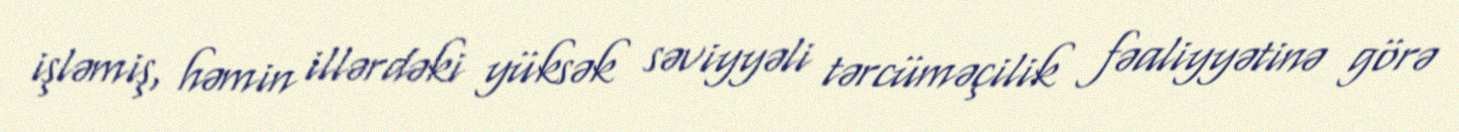
işləmiş, həmin illərdəki yüksək səviyyəli tərcüməçilik fəaliyyətinə görə